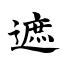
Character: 遮